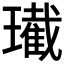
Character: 𤪚